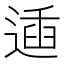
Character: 𨔨